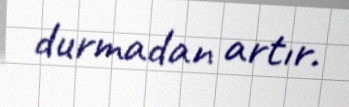
durmadan artır.